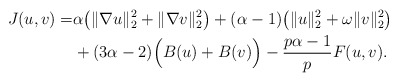
\begin{align*}J(u,v)=&\alpha\big(\|\nabla u\|_{2}^{2}+\|\nabla v\|_{2}^{2}\big)+(\alpha-1)\big(\|u\|_{2}^{2}+\omega\|v\|_{2}^{2}\big)\\&+(3\alpha-2)\Big(B(u)+B(v)\Big)-\frac{p\alpha-1}{p}F(u,v).\end{align*}